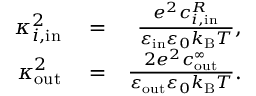
\begin{array} { r l r } { \kappa _ { i , \mathrm { i n } } ^ { 2 } } & { { } = } & { \frac { e ^ { 2 } c _ { i , \mathrm { i n } } ^ { R } } { \varepsilon _ { \mathrm { i n } } \varepsilon _ { 0 } k _ { \mathrm { B } } T } , } \\ { \kappa _ { \mathrm { o u t } } ^ { 2 } } & { { } = } & { \frac { 2 e ^ { 2 } c _ { \mathrm { o u t } } ^ { \infty } } { \varepsilon _ { \mathrm { o u t } } \varepsilon _ { 0 } k _ { \mathrm { B } } T } . } \end{array}